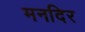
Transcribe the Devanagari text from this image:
मनदिर